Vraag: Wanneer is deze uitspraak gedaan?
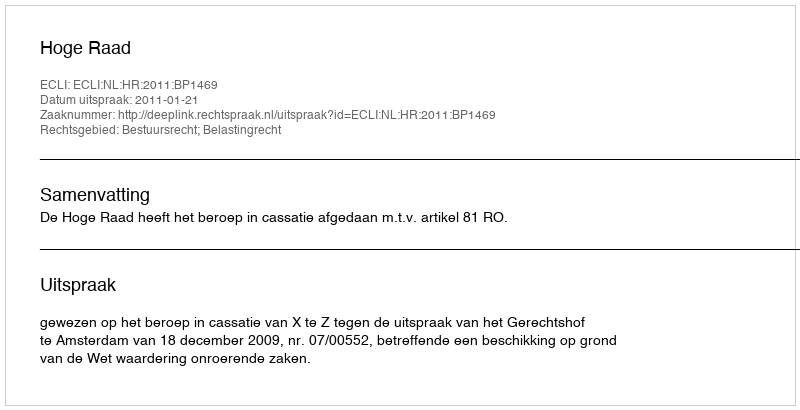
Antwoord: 2011-01-21